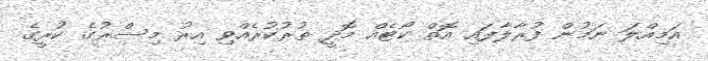
އަމިއްލަ ނަމުން ފުރާލާފައި އޮތް ކޯޓެއް މޮދީ ތުރުކުރެއްވި އިރު މިސްރުގެ ކުރީގެ